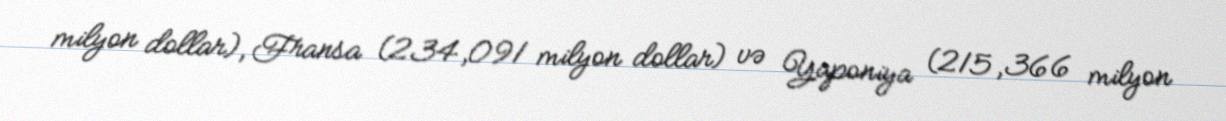
milyon dollar), Fransa (234,091 milyon dollar) və Yaponiya (215,366 milyon